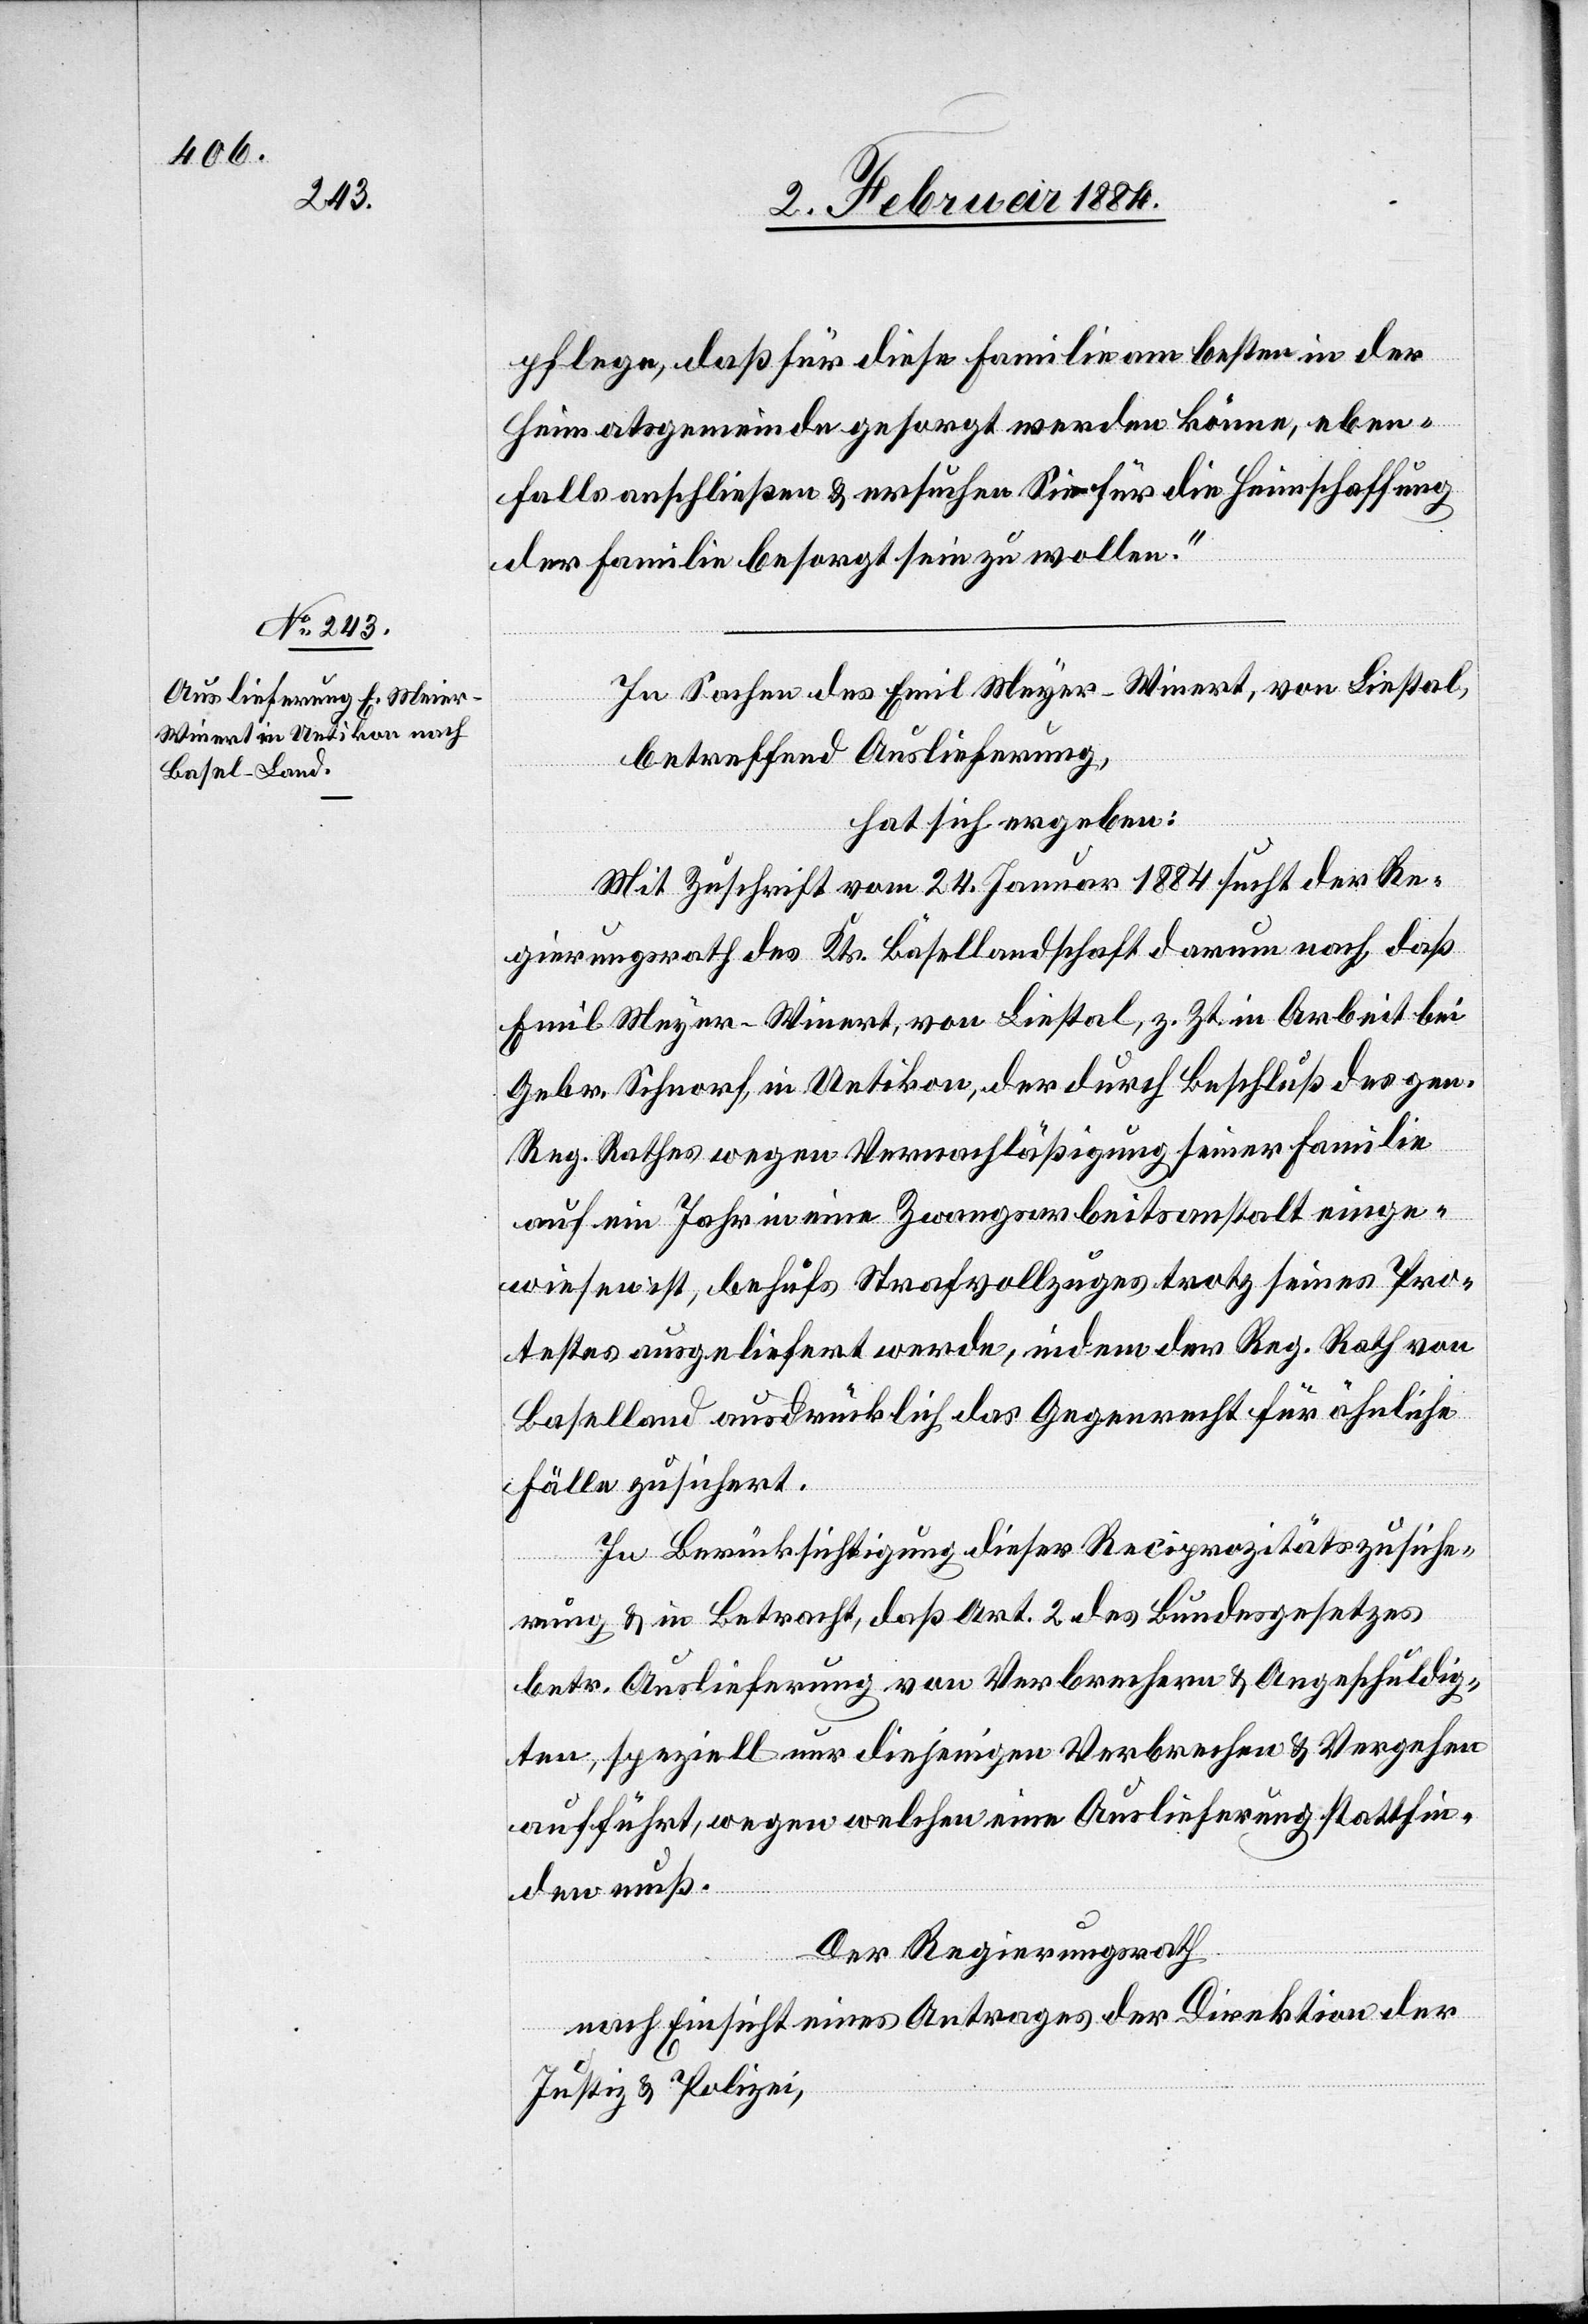
pflege, daß für diese Familie am besten in der
Heimatgemeinde gesorgt werden könne, eben¬
falls anschließen & ersuchen Sie für die Heimschaffung
der Familie besorgt sein zu wollen.“
In Sachen des Emil Meyer-Winnert [sic!], von Liestal,
betreffend Auslieferung,
hat sich ergeben:
Mit Zuschrift vom 24. Januar 1884 sucht der Re¬
gierungsrath des Kts. Basellandschaft darum nach, daß
Emil Meyer-Winnert, von Liestal, z. Zt. in Arbeit bei
Gebr. Schnorf, in Uetikon, der durch Beschluß des gen.
Reg. Rathes wegen Vernachläßigung seiner Familie
auf ein Jahr in eine Zwangsarbeitsanstalt einge¬
wiesen ist, behufs Strafvollzuges trotz seines Pro¬
testes ausgeliefert werde, indem der Reg. Rath von
Baselland ausdrücklich das Gegenrecht für ähnliche
Fälle zusichert.
In Berücksichtigung dieser Reciprozitätszusiche¬
rung & in Betracht, daß Art. 2 des Bundesgesetzes
betr. Auslieferung von Verbrechern & Angeschuldig¬
ten, speziell nur diejenigen Verbrechen & Vergehen
aufführt, wegen welchen eine Auslieferung stattfin¬
den muß.
Der Regierungsrath
nach Einsicht eines Antrages der Direktion der
Justiz & Polizei,